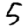
Digit: 5